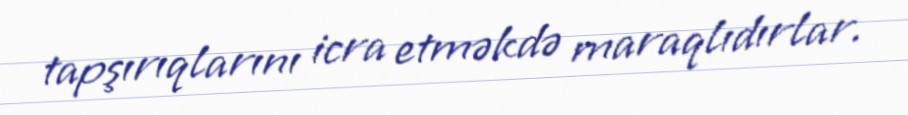
tapşırıqlarını icra etməkdə maraqlıdırlar.